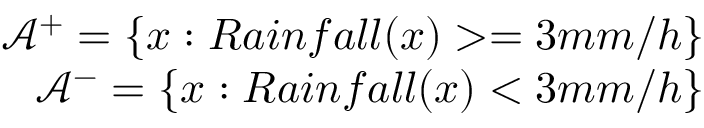
\begin{array} { r } { \mathcal { A } ^ { + } = \{ x : R a i n f a l l ( x ) > = 3 m m / h \} } \\ { \mathcal { A } ^ { - } = \{ x : R a i n f a l l ( x ) < 3 m m / h \} } \end{array}